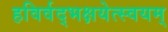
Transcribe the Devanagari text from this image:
हविर्वद्भक्षयेत्स्वयम्